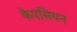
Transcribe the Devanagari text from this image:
कैपसियन